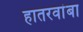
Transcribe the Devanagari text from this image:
हातरवांबा